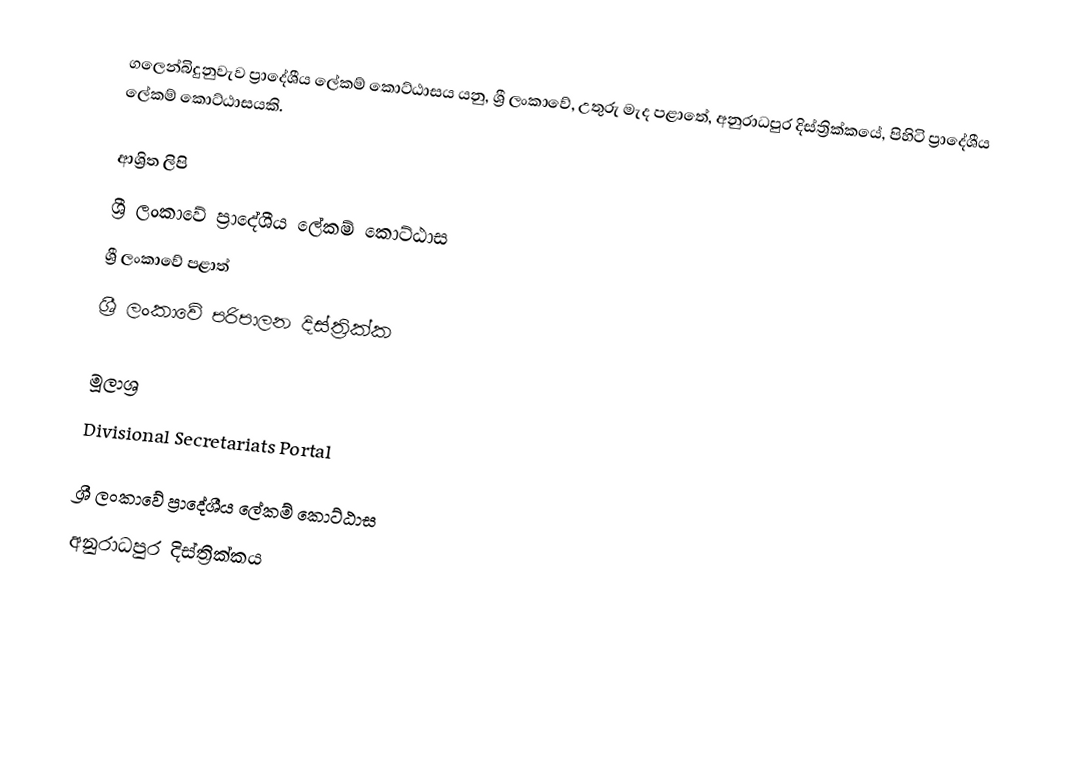
ගලෙන්බිදුනුවැව ප්‍රාදේශීය ලේකම් කොට්ඨාසය යනු,  ශ්‍රී ලංකාවේ,  උතුරු මැද පළාතේ,   අනුරාධපුර දිස්ත්‍රික්කයේ, පිහිටි ප්‍රාදේශීය ලේකම් කොට්ඨාසයකි.

ආශ්‍රිත ලිපි
ශ්‍රී ලංකාවේ ප්‍රාදේශීය ලේකම් කොට්ඨාස
ශ්‍රී ලංකාවේ පළාත්
ශ්‍රී ලංකාවේ පරිපාලන දිස්ත්‍රික්ක

මූලාශ්‍ර
 Divisional Secretariats Portal

ශ්‍රී ලංකාවේ ප්‍රාදේශීය ලේකම් කොට්ඨාස
අනුරාධපුර දිස්ත්‍රික්කය